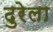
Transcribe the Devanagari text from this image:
ढुरेला